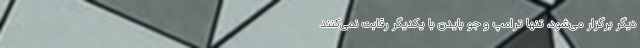
دیگر برگزار می‌شود، تنها ترامپ و جو بایدن با یکدیگر رقابت نمی‌کنند